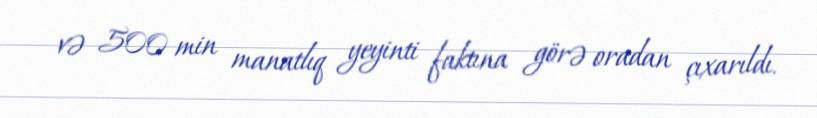
və 500 min manatlıq yeyinti faktına görə oradan çıxarıldı.